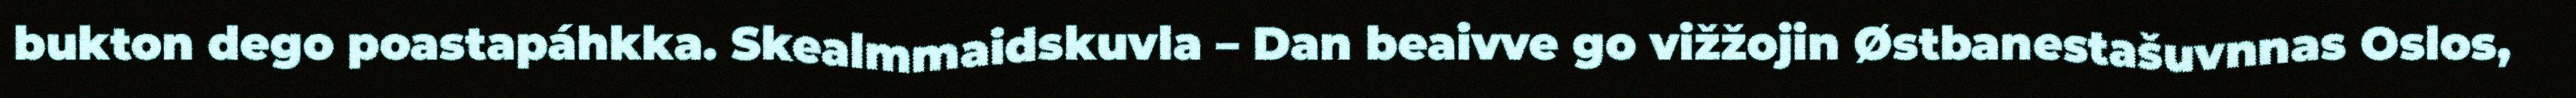
bukton dego poastapáhkka. Skealmmaidskuvla – Dan beaivve go vižžojin Østbanestašuvnnas Oslos,